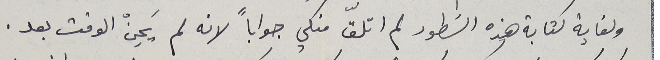
ولغاية كتابة هذه السَطور لم اتلقّ منكي جواباً لانه لم يَحِنْ الوقت بعد .